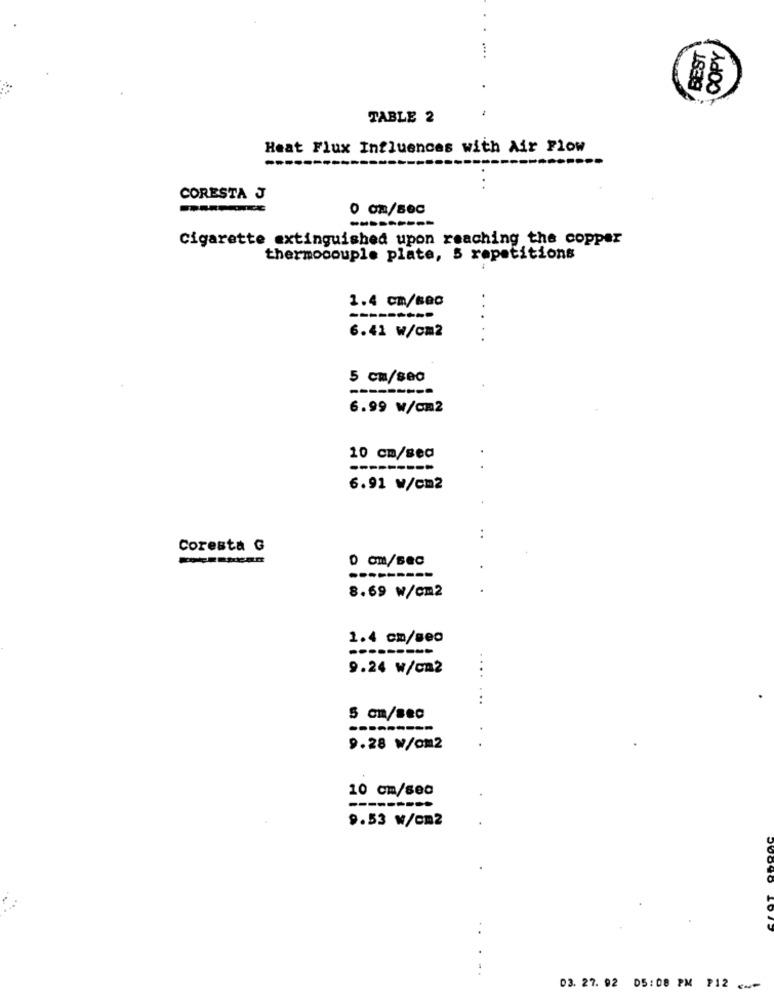
BEST
COPY
TABLE 2
Heat Flux Influences with Air Flow
CORESTA J
---------
Cigarette extinguished upon reaching the copper
thermocouple plate, 5 repetitions
1.4 cm/sec
-----
6.41 W/cm2
5 cm/sec
6.99 W/cm2
10 cm/sea
---
6.91 W/cm2
..
Coresta G
8.69 W/cm2
1.4 cm/seo
---------
9.24 W/cm2
...
...
5 cm/sec
--------
9.28 W/om2
10 cm/sea
---------
9.53 W/cm2
..
03. 27. 92 05:08 PM P12 <<